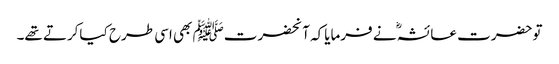
توحضرت عائشہؓ نے فرمایاکہ آنحضرتﷺ بھی اسی طرح کیاکرتے تھے۔